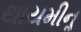
થાયમીનૢ